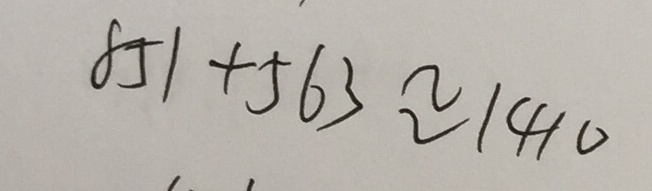
8 5 1 + 5 6 3 \approx 1 4 1 0